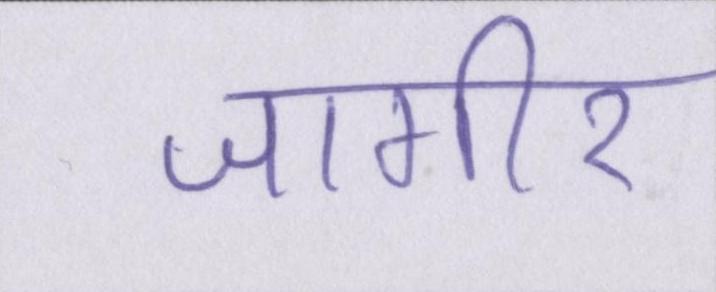
जागीर